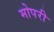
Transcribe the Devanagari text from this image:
मोपरी